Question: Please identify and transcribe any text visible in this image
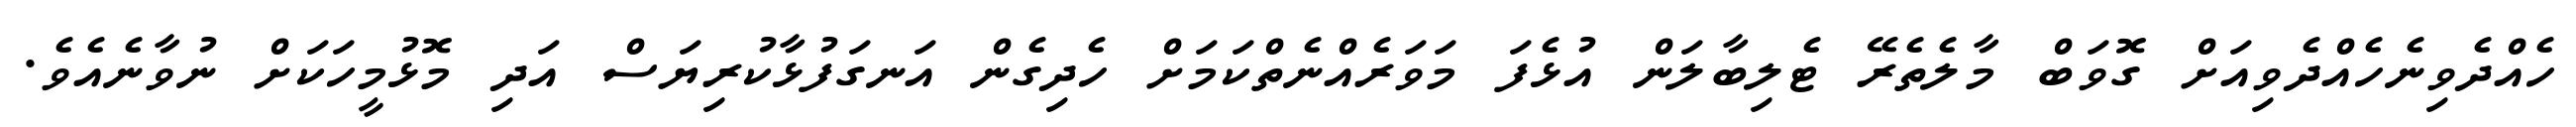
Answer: ހެއްދެވިނެހެއްދެވިއަށް ގޮވަބް މާލެތެރޭ ޓެލިބާލަން އުޅެފަ މަވަރެއްނެތްކަމަށް ހެދިގެން އަނގަފުޅާކުރިޔަސް އަދި މޮޅުމީހަކަށް ނުވާނެއެވެ.